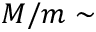
M / m \sim